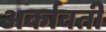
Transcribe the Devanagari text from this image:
अर्कावती